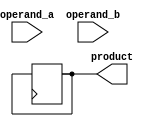
module booth_multiplier (
    input [3:0] operand_a,
    input [3:0] operand_b,
    output reg [7:0] product
);

reg [3:0] a_reg;
reg [3:0] b_reg;
reg [4:0] partial_product;
reg [4:0] accumulator;
reg [1:0] state;

always @ (posedge clk)
begin
    case (state)
        0: begin
            a_reg <= operand_a;
            b_reg <= operand_b;
            partial_product <= 5'b0;
            accumulator <= 5'b0;
            state <= 1;
        end
        1: begin
            if (b_reg[0] == 1)
                accumulator <= accumulator - a_reg;
            else
                accumulator <= accumulator + a_reg;
            state <= 2;
        end
        2: begin
            if ((accumulator[3:0] == 4'h0 || accumulator[3:0] == 4'hF) && accumulator[4] == 0)
                state <= 4;
            else
                state <= 3;
        end
        3: begin
            accumulator <= accumulator >> 1;
            partial_product <= {partial_product[3:1], accumulator[0]};
            b_reg <= b_reg >> 1;
            state <= 2;
        end
        4: begin
            product <= {accumulator[7:4], partial_product[3:0]};
            state <= 0;
        end
    endcase
end

endmodule